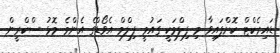
ޑައިރެކްޓް ކޮށްފައިވާ މި ފިލްމަކީ ގައުމީ ފިލްމް އެވޯޑްގެ އެންމެ މޮޅު ސްކްރީން